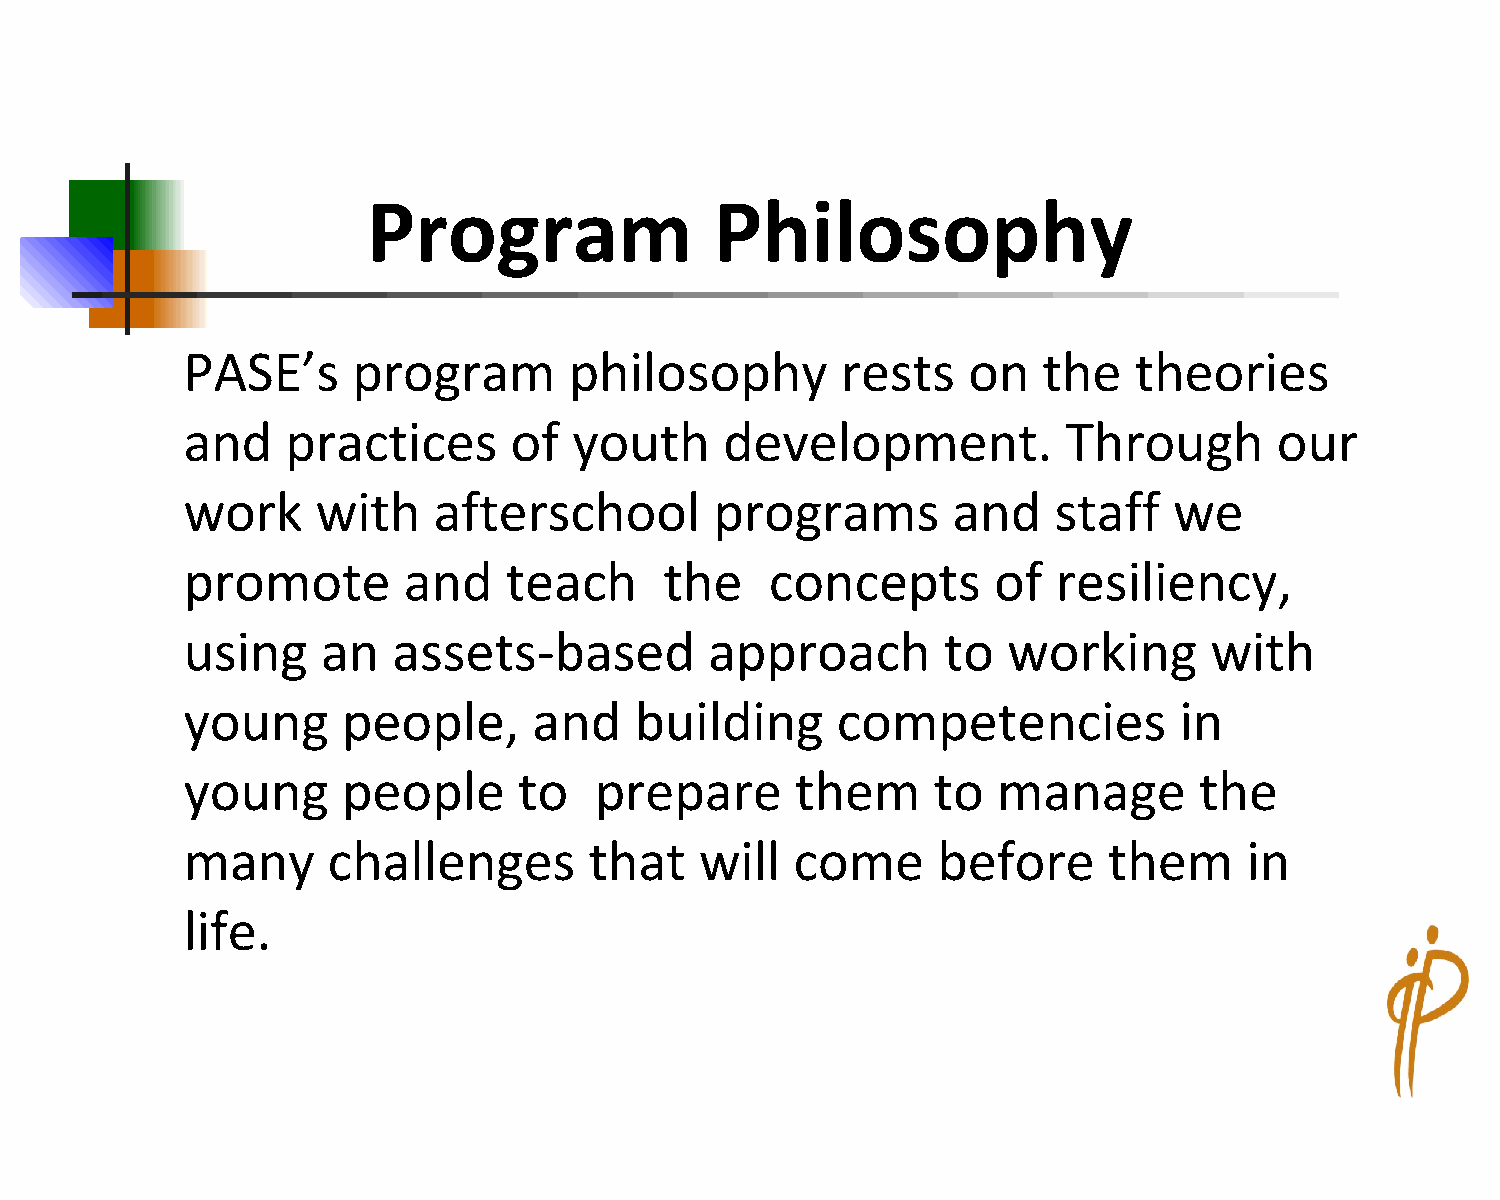
Program                Philosophy
 PASE’s     program        philosophy        rests   on   the   theories
 and    practices      of  youth     development.           Through       our
 work     with    afterschool       programs        and    staff   we
 promote        and   teach      the    concepts       of  resiliency,
 using    an   assets-based         approach       to   working      with
 young      people,     and    building     competencies           in
 young      people     to   prepare       them     to  manage       the
 many      challenges       that   will   come     before     them      in
 life.